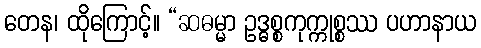
တေန၊ ထိုကြောင့်။ “ဆဓမ္မာ ဥဒ္ဓစ္စကုက္ကုစ္စဿ ပဟာနာယ